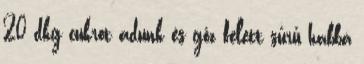
20 dkg cukrot adunk és gőz felett sűrű habbá